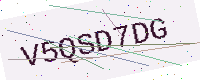
Text: V5QSD7DG